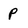
Character: P